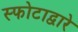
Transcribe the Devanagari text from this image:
स्फोटाद्वारे